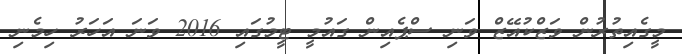
މީގެއިތުރުން ވަޒްކުއޭޒް ވަނި ސްޕެއިން ގައުމީ ޓީމުގައި 2016 ވަނަ އަހަރު ހިމެނި